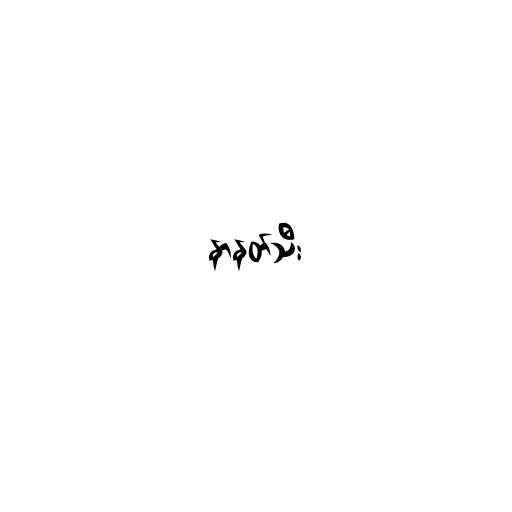
နာနတ်သီး